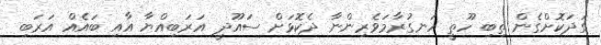
ގަދަކޮށްގެން ތިބި ހޫތީ ހަނގުރާމަވެރިންނާ ދެކޮޅަށް ސައޫދީ އަރަބިއްޔާ އާއި ބައެެއް އަރަބި